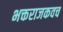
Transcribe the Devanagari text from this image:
भक्तराजकवच